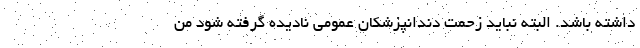
داشته باشد. البته نباید زحمت دندانپزشکان عمومی نادیده گرفته شود من